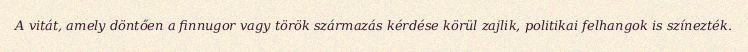
A vitát, amely döntően a finnugor vagy török származás kérdése körül zajlik, politikai felhangok is színezték.